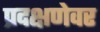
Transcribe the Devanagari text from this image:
प्रदक्षणेवर